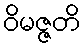
ဝိမဇ္ဇတိ